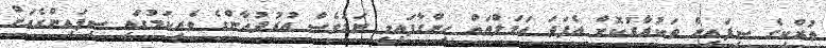
ތުރްކީގެ ސިފައިން ތަކުރާރުކޮށް އެފަދަ އަމަލްތައް ހިންގާފައިވީ ނަމަވެސް އުރުދުޣާންގެ ވެރިކަމުގައި ސިފައިންގެއަށް